Report of the Municipal Commissioner on the plague in Bombay for the year ending 31st May... - Volume 1
Disease focus: Plague
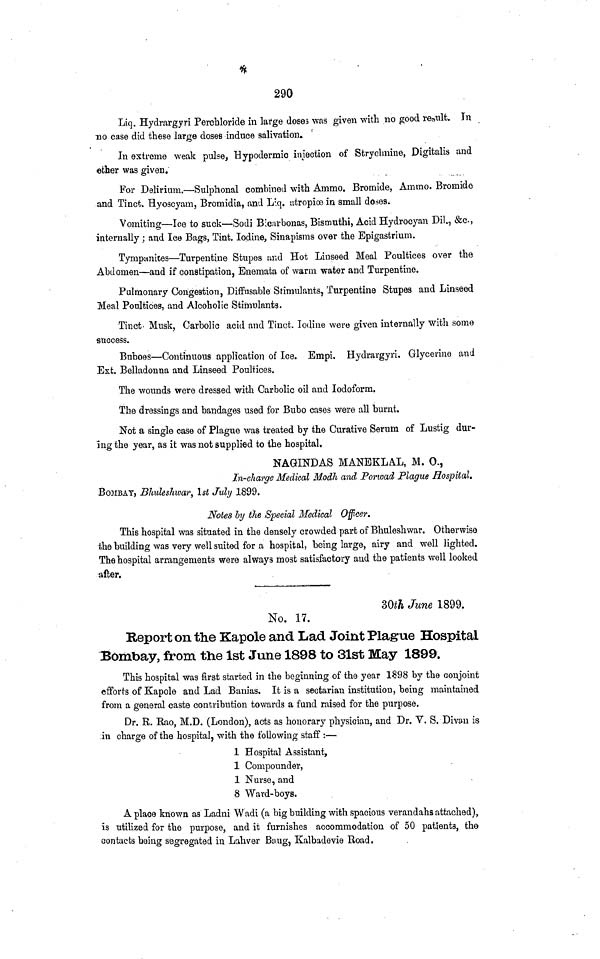
290
Liq. Hydrargyvi Perchloride in large doses was given with no good result. In
no case did these large doses induce salivation.
In extreme weak pulse, Hypodermic injection of Strychmine, Digitalis and
ether was given.
For Delirium.—Sulphonal combined with Ammo. Bromide, Ammo. Bromide
and Tinct. Hyoscyam, Bromidia, and L.q. atropiœ in small doses.
Vomiting—Ice to suck—Sodi Bicarbonas, Bismuthi, Acid Hydrocyan Dil., &c.,
internally; and Ice Bags, Tint. Iodine, Sinapisms over the Epigastrium.
Tympanites—Turpentine Stupes find Hot Linseed Meal Poultices over the
Abdomen—and if constipation, Enemata of warm water and Turpentine.
Pulmonary Congestion, Diffusable Stimulants, Turpentine Stupes and Linseed
Meal Poultices, and Alcoholic Stimulants.
Tinct· Musk, Carbolic acid and Tinct. Iodine were given internally with some
success.
Buboes—Continuous application of Ice. Empi. Hydrargyri. Glycerine and
Ext. Belladonna and Linseed Poultices.
The wounds were dressed with Carbolic oil and Iodoform.
The dressings and bandages used for Bubo cases were all burnt.
Not a single case of Plague was treated by the Curative Serum of Lustig dur-
ing the year, as it was not supplied to the hospital.
NAGINDAS MANEKLAL, M. O.,
In-charge Medical Modh and Porwad Plague Hospital.
BOMBAY, Bhuleshwar, 1st July 1899.
Notes by the Special Medical
Officer.
This hospital was situated in the densely crowded part of Bhuleshwar. Otherwise
the building was very well suited for a hospital, being large, airy and well lighted.
The hospital arrangements were always most satisfactory and the patients well looked
after.
30th June 1899.
No. 17.
Report on the Kapole and Lad Joint Plague Hospital
Bombay, from the 1st June 1898 to 31st May 1899.
This hospital was first started in the beginning of the year 1898 by the conjoint
efforts of Kapole and Lad Banias. It is a sectarian institution, being maintained
from a general caste contribution towards a fund raised for the purpose.
Dr. R. Rao, M.D. (London), acts as honorary physician, and Dr. V. S. Divan is
in charge of the hospital, with the following staff :—
1 Hospital Assistant,
1 Compounder,
1 Nurse, and
8 Ward-boys.
A place known as Ladni Wadi (a big building with spacious verandahs attached),
is utilized for the purpose, and it furnishes accommodation of 50 patients, the
contacts being segregated in Lahver Baug, Kalbadevie Road.